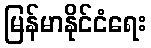
မြန်မာနိုင်ငံရေး